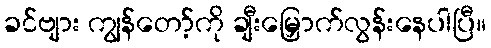
ခင်ဗျား ကျွန်တော့်ကို ချီးမြှောက်လွန်းနေပါပြီ။